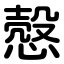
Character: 慤